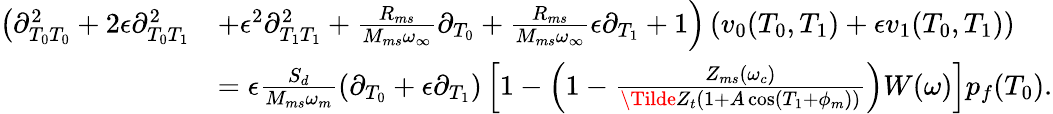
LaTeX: \begin{array}{rl}{\left(\partial_{T_{0}T_{0}}^{2}+2\epsilon\partial_{T_{0}T_{1}}^{2}\right.}&{\left.+\epsilon^{2}\partial_{T_{1}T_{1}}^{2}+\frac{R_{ms}}{M_{ms}\omega_{\infty}}\partial_{T_{0}}+\frac{R_{ms}}{M_{ms}\omega_{\infty}}\epsilon\partial_{T_{1}}+1\right)\left(v_{0}(T_{0},T_{1})+\epsilon v_{1}(T_{0},T_{1})\right)}\\ &{=\epsilon\frac{S_{d}}{M_{ms}\omega_{m}}(\partial_{T_{0}}+\epsilon\partial_{T_{1}})\left[1-\left(1-\frac{Z_{ms}(\omega_{c})}{\Tilde{Z}_{t}\left(1+A\cos\left(T_{1}+\phi_{m}\right)\right)}\right)W(\omega)\right]p_{f}(T_{0}).}\end{array}